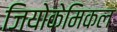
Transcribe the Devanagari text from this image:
जियोकेमिकल